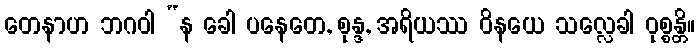
တေနာဟ ဘဂဝါ “န ခေါ ပနေတေ, စုန္ဒ, အရိယဿ ဝိနယေ သလ္လေခါ ဝုစ္စန္တိ။